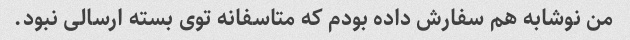
من نوشابه هم سفارش داده بودم که متاسفانه توی بسته ارسالی نبود.